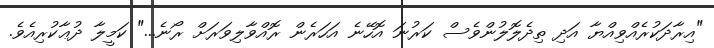
"އިރާދަކުރެއްވިއްޔާ އަދި ތިދެލޮލުންވެސް ކަރުނަ އޮހޭނެ އަހަރެން ރޮއްވާލިވަރަށް ރޯނެ..." ކަމީލާ ދުޢާކުރިއެވެ.